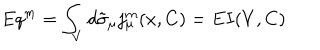
LaTeX: E q ^ { m } = \int _ { V } d \tilde { \sigma } _ { \mu } j _ { \mu } ^ { m } ( x , C ) = E I ( V , C )